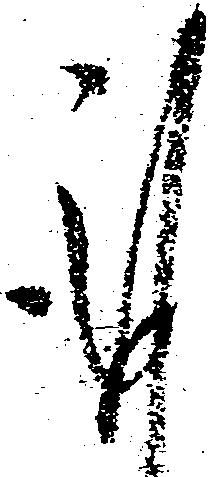
謹